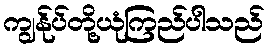
ကျွန်ုပ်တို့ယုံကြည်ပါသည်